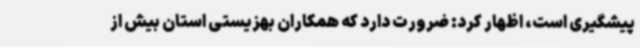
پیشگیری است، اظهار کرد: ضرورت دارد که همکاران بهزیستی استان بیش از